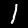
Label: 1